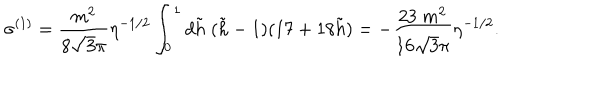
\sigma ^ { ( 1 ) } = \frac { m ^ { 2 } } { 8 \sqrt { 3 } \pi } \eta ^ { - 1 / 2 } \int _ { 0 } ^ { 1 } d { \tilde { h } } \; ( { \tilde { h } } - 1 ) ( 1 7 + 1 8 { \tilde { h } } ) = - \frac { 2 3 \; m ^ { 2 } } { 1 6 \sqrt { 3 } \pi } \eta ^ { - 1 / 2 } .